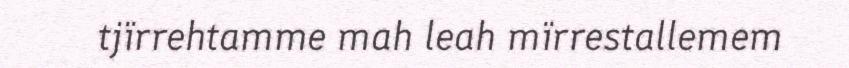
tjïrrehtamme mah leah mïrrestallemem